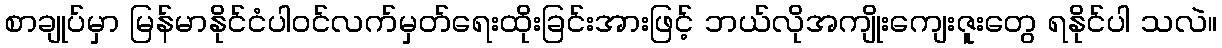
စာချုပ်မှာ မြန်မာနိုင်ငံပါဝင်လက်မှတ်ရေးထိုးခြင်းအားဖြင့် ဘယ်လိုအကျိုးကျေးဇူးတွေ ရနိုင်ပါ သလဲ။